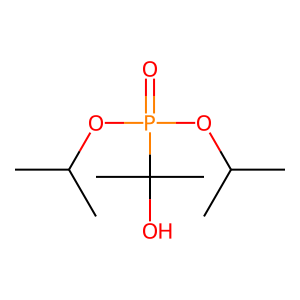
SMILES: CC(C)OP(=O)(OC(C)C)C(C)(C)O
Inhibits HIV replication: No